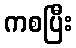
ကစပြီး